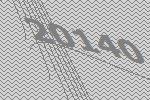
20140